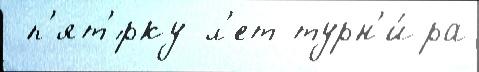
 п'ят'́рку л'ет турн'и́ра